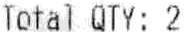
TOTAL QTY: 2